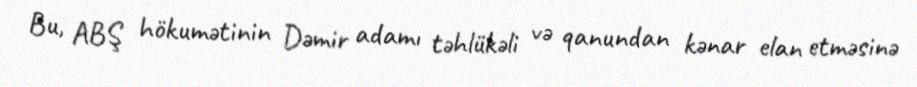
Bu, ABŞ hökumətinin Dəmir adamı təhlükəli və qanundan kənar elan etməsinə